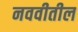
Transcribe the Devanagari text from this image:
नववीतील